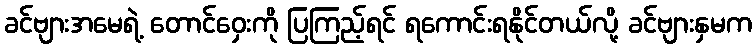
ခင်ဗျားအမေရဲ့ တောင်ဝှေးကို ပြကြည့်ရင် ရကောင်းရနိုင်တယ်လို့ ခင်ဗျားနှမက